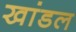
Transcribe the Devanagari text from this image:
खांडल